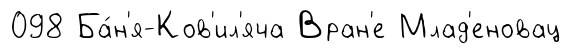
098 Ба́н'я-Ков'ил'яча Вран'е Млад'еновац